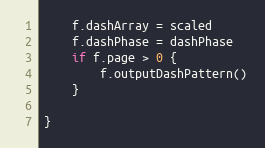
Language: Go
	f.dashArray = scaled
	f.dashPhase = dashPhase
	if f.page > 0 {
		f.outputDashPattern()
	}

}